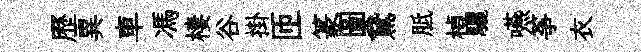
歷異車馮棲谷掛匝篆圖鵞胝楨驪嚥筝衣